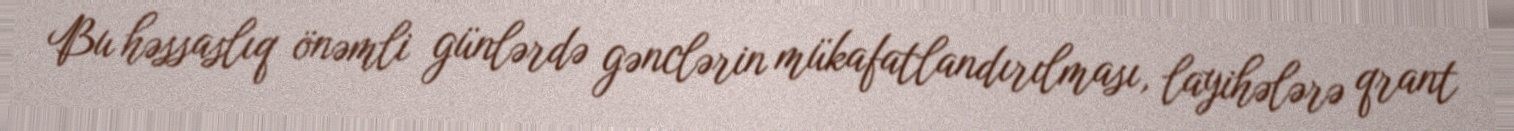
Bu həssaslıq önəmli günlərdə gənclərin mükafatlandırılması, layihələrə qrant